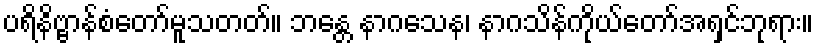
ပရိနိဗ္ဗာန်စံတော်မူသတတ်။ ဘန္တေ နာဂသေန၊ နာဂသိန်ကိုယ်တော်အရှင်ဘုရား။